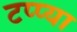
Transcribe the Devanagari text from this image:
टप्प्या